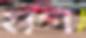
মগ